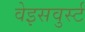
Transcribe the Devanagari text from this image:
वेइसवुर्स्ट